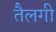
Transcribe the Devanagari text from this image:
तैलगी